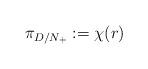
LaTeX: \begin{align*}\pi_{D/N_+} := \chi(r)\end{align*}